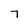
Character: 7